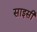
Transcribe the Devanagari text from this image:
साइसी